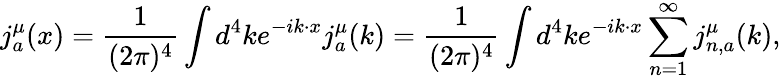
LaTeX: j_{a}^{\mu}(x)={\frac{1}{(2\pi)^{4}}}\int d^{4}ke^{-ik\cdot x}j_{a}^{\mu}(k)={\frac{1}{(2\pi)^{4}}}\int d^{4}ke^{-ik\cdot x}\sum_{n=1}^{\infty}j_{n,a}^{\mu}(k),